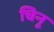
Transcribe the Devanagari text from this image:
चिनू